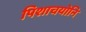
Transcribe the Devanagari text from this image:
पिशाचयोनि